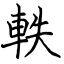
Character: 軼